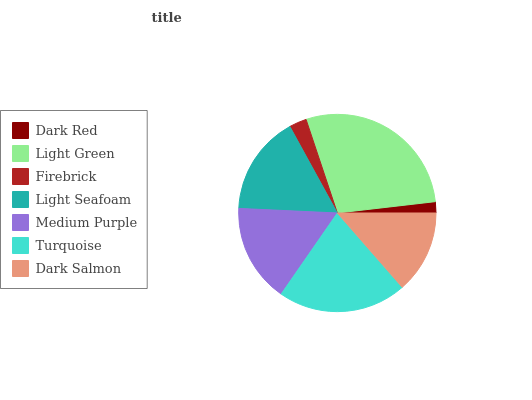
| Dark Red | Light Green | Firebrick | Light Seafoam | Medium Purple | Turquoise | Dark Salmon |
 | --- | --- | --- | --- | --- | --- | --- |
 | 1.83% | 28.4% | 2.87% | 16.2% | 16.1% | 21% | 13.6% |